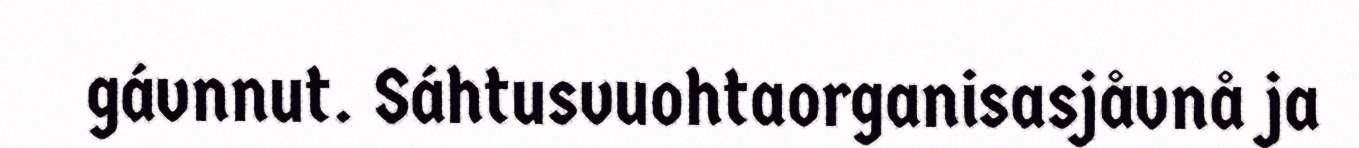
gávnnut. Sáhtusvuohtaorganisasjåvnå ja